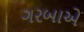
ગરબાએ